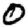
Digit: 0